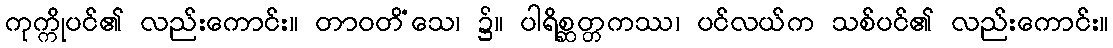
ကုက္ကိုပင်၏ လည်းကောင်း။ တာဝတိံသေ၊ ၌။ ပါရိစ္ဆတ္တကဿ၊ ပင်လယ်က သစ်ပင်၏ လည်းကောင်း။